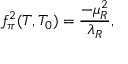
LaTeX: f _ { \pi } ^ { 2 } ( T , T _ { 0 } ) = \frac { - \mu _ { R } ^ { 2 } } { \lambda _ { R } } ,